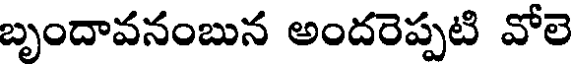
బృందావనంబున అందరెప్పటి వోలె